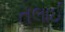
તલાઈ